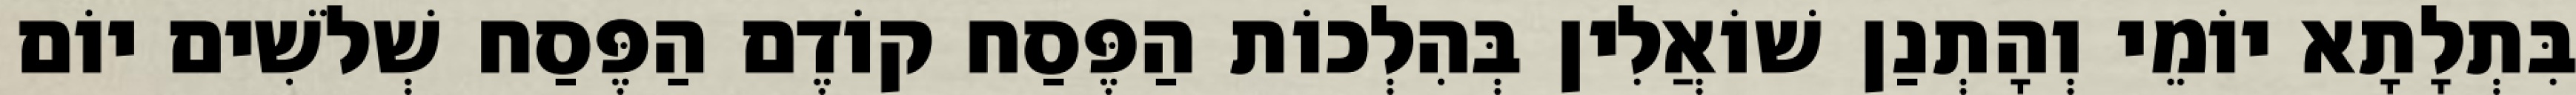
בִּתְלָתָא יוֹמֵי וְהָתְנַן שׁוֹאֲלִין בְּהִלְכוֹת הַפֶּסַח קוֹדֶם הַפֶּסַח שְׁלֹשִׁים יוֹם